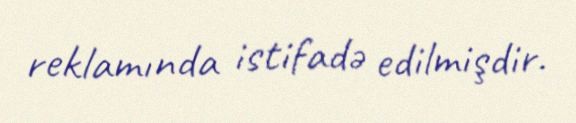
reklamında istifadə edilmişdir.